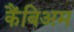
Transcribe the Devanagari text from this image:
कैंबिअम